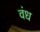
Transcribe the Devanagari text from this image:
वंध